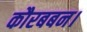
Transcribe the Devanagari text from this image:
कौरबबन।